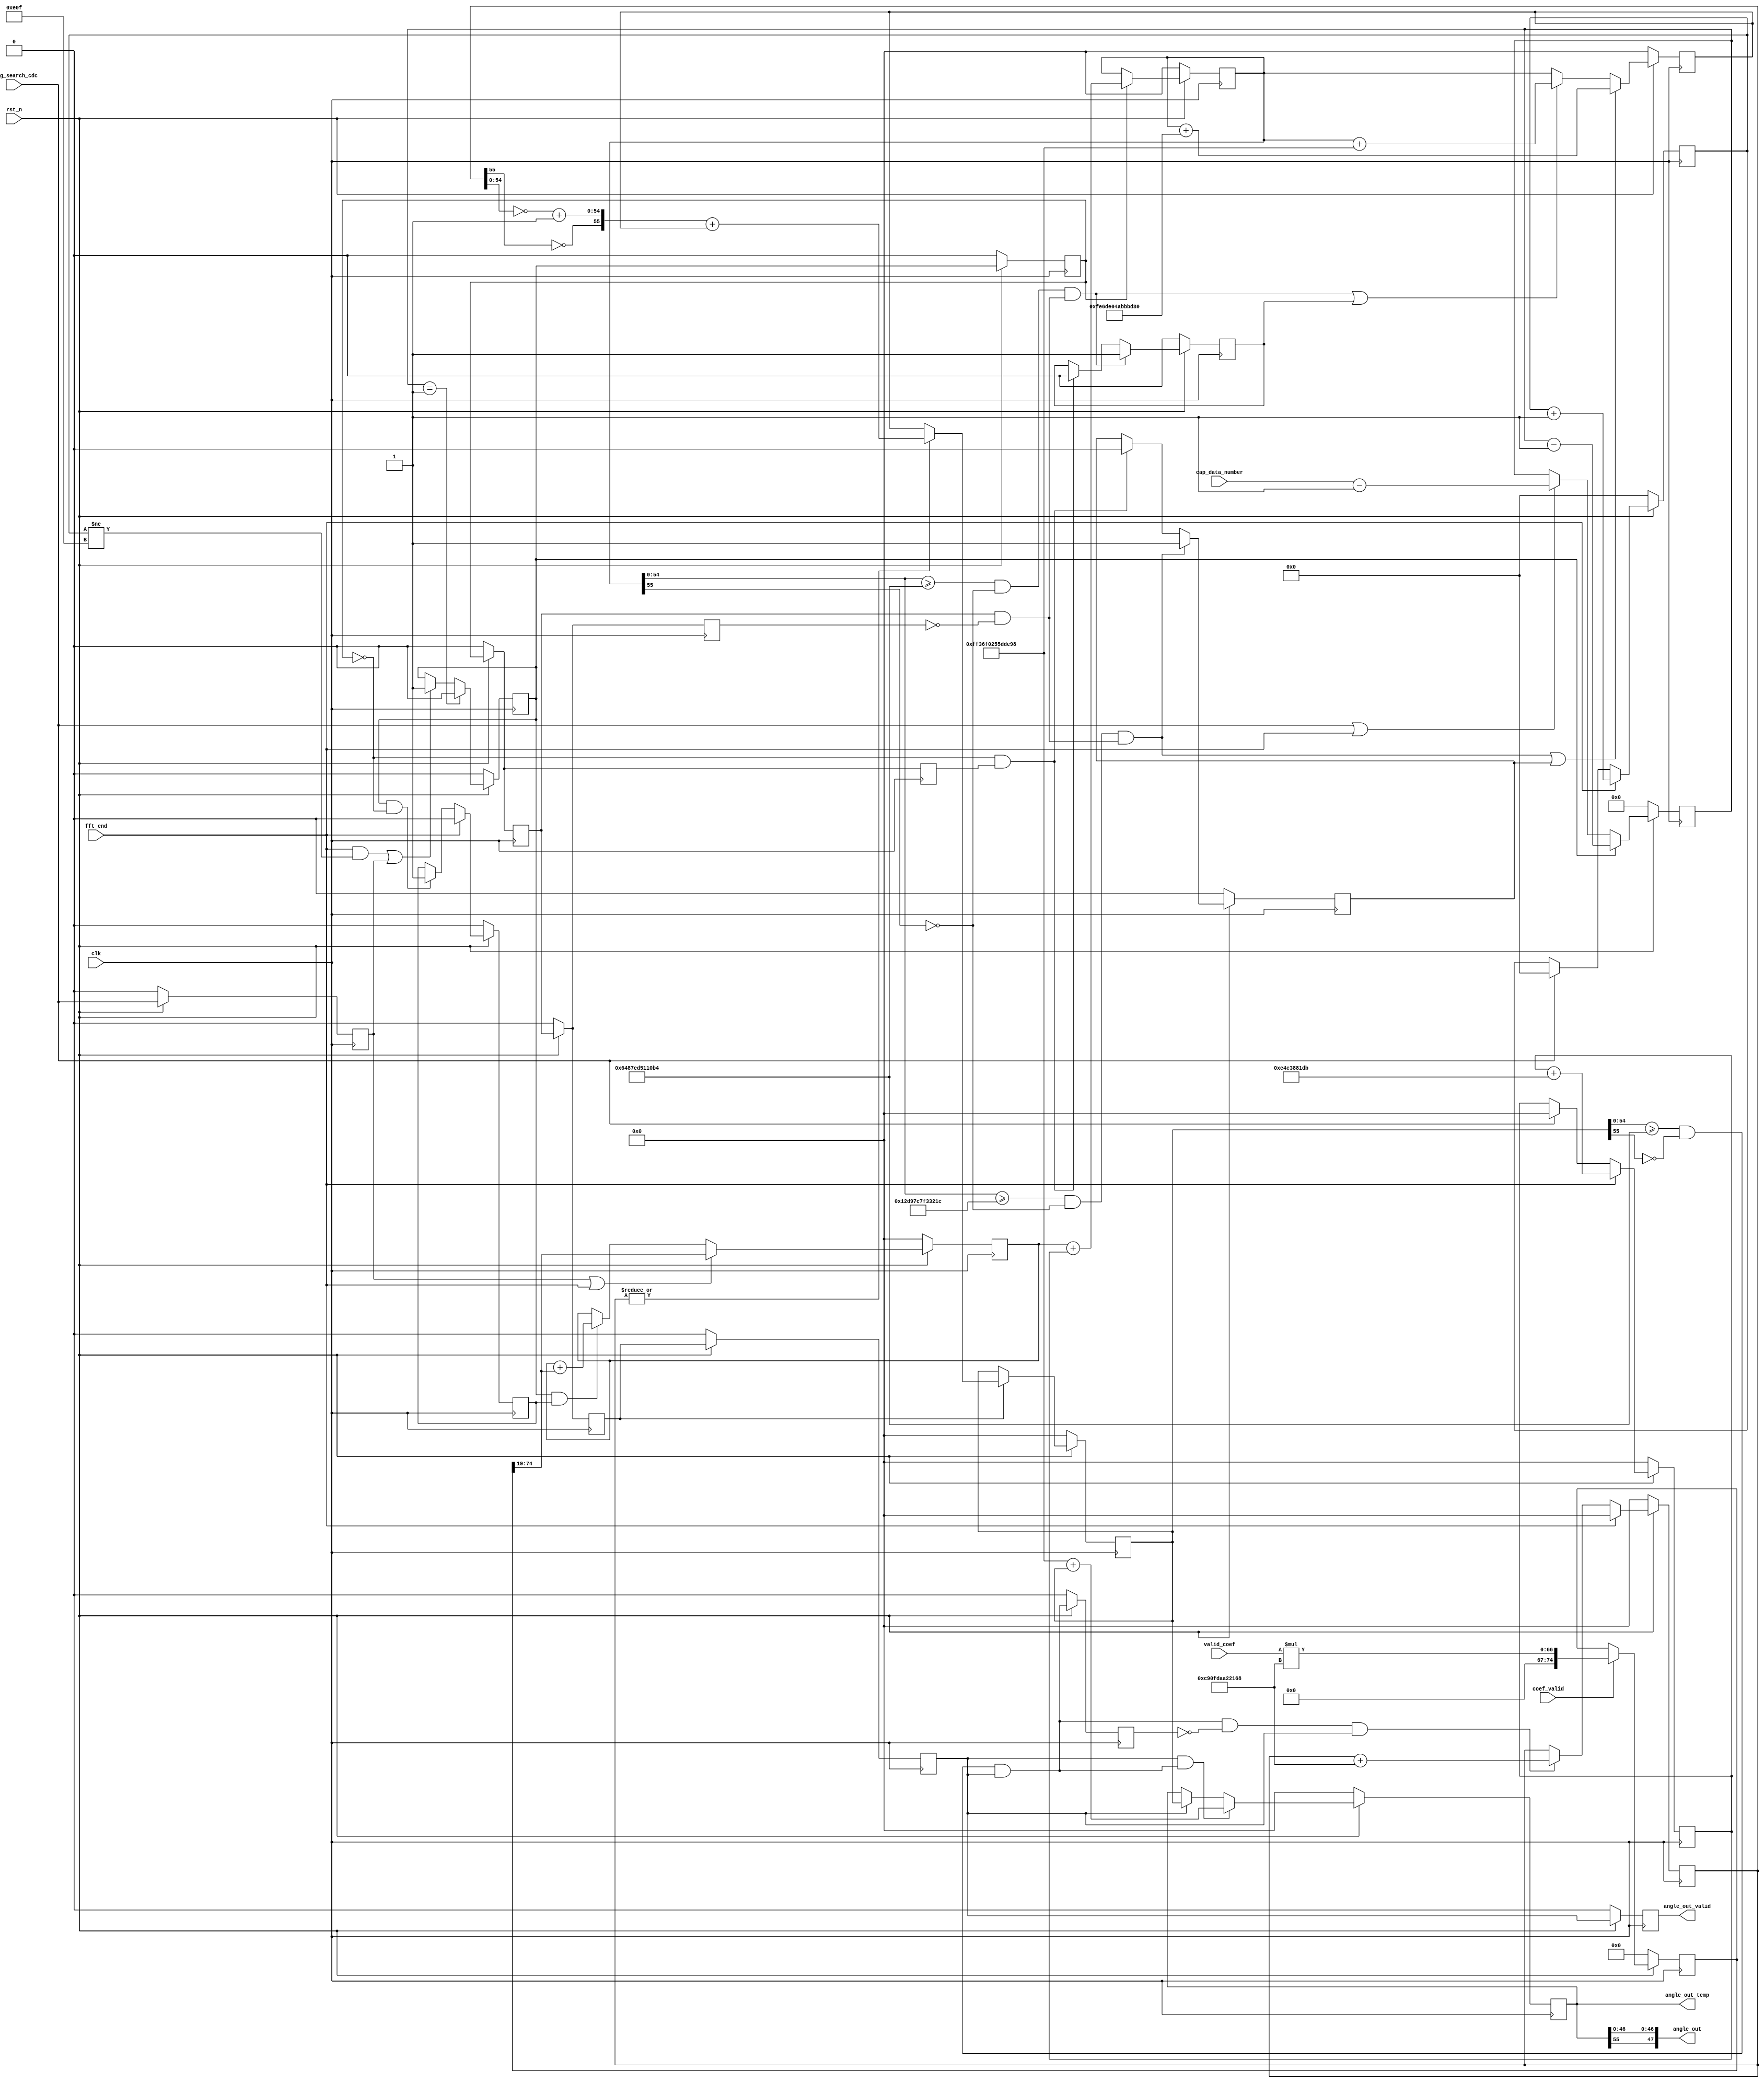
module dat_gen_two(
   input          clk,
   input          rst_n,
   input [18:0]  valid_coef,
   input         coef_valid, 
   
   
   input          trig_search_cdc,
   input   [8:0]  cap_data_number,
   
   
   
   input          fft_end,
   output  [47:0] angle_out,
   output [55:0] angle_out_temp,
   output         angle_out_valid 
);
parameter   zero_point_one_degree_two=56'b00000000000000000001110010011000011100010000001110110110;  
parameter   two_pi                   =56'b00000000110010010000111111011010101000100010000101101000; 
parameter    pi                      =56'b00000000011001001000011111101101010100010001000010110100;
parameter   zero_point_one_pi_two    =56'b00000000000101000001101100101111011101101001110011110000;  
parameter   zero_point_one_pi        =56'b00000000000010100000110110010111101110110100111001111000;  
 parameter   search_times             =12'd3600  ;
 // parameter   search_times             =12'd360                                                 ;
//parameter   search_times             =11'd5 ;//3600
parameter   zero_point_one_degree    =56'b00000000000000000000111001001100001110001000000111011011;  
  parameter   three_pi             =56'b00000001001011011001011111000111111100110011001000011100; 
parameter   four_pi               =56'b00000001100100100001111110110101010001000100001011010000; 
 parameter   zero_point_one_degree_mul_ten=(zero_point_one_degree<<1)+(zero_point_one_degree<<3); 
reg  [74:0]  zero_point_one_pi_temp,zero_point_one_pi_temp_next;
reg  [8:0]   cap_data_number_r,cap_data_number_r_next;   
reg  [11:0]  fft_end_count,fft_end_count_next;
reg          data_gen_work,data_gen_work_next;
reg          data_gen_work_r;    
reg  [55:0]  theta_add_temp,theta_add_temp_next;  

reg  [55:0]  zero_point_one_pi_add_temp,zero_point_one_pi_add_temp_next; 
reg          zero_point_one_pi_add_temp_valid;
reg          zero_point_one_pi_add_temp_valid_r;
reg  [55:0]  theta_add_zero_point_pi_tmp,theta_add_zero_point_pi_tmp_next;
reg          theta_add_zero_point_pi_tmp_valid;
reg          theta_add_zero_point_pi_tmp_valid_r;
reg  [55:0]  result_sub_bias,result_sub_bias_next;
reg          result_sub_bias_valid;
reg          larger_than_pi_r;

reg  [55:0]  two_pi_add_temp,two_pi_add_temp_next; 
reg  [55:0]  angle_out_temp,angle_out_temp_next;    //1bit sign 10 bit integer 45 bit fraction
reg          angle_out_valid_temp; 
reg          data_gen_req,data_gen_req_next;
reg          add_ignore,add_ignore_next;
reg          trig_search_cdc_r;

  reg  [55:0]  first_sub,first_sub_next;
  reg          first_sub_valid;
  wire [55:0]  zero_point_one_pi_temp_w;
wire [55:0]  angle_out_temp_multi_two;    
wire         data_gen_req_posedge;
wire [55:0]  two_pi_add_temp_invert;
wire [55:0]  two_pi_invert;
  wire [55:0]  four_pi_invert;
wire         larger_than_pi;
wire [55:0]  result_sub_bias_complement;
wire         larger_than_pi_posedge;

  
  wire         larger_than_three_pi;
  wire         larger_than_pi_tmp1;
 reg          larger_than_three_pi_r,larger_than_three_pi_r_next;
   reg          larger_than_pi_tmp1_r,larger_than_pi_tmp1_r_next;
assign        zero_point_one_pi_temp_w=zero_point_one_pi_temp[74:19];
assign      larger_than_pi_posedge=larger_than_pi&&(!larger_than_pi_r);
assign      result_sub_bias_complement=(result_sub_bias[55])?{result_sub_bias[55],~result_sub_bias[54:0]+1'b1}:result_sub_bias;
assign       data_gen_req_posedge=data_gen_req&&(!zero_point_one_pi_add_temp_valid);
assign       angle_out={angle_out_temp[55],angle_out_temp[46:45],angle_out_temp[44:0]};
assign       two_pi_add_temp_invert={~two_pi_add_temp[55],~two_pi_add_temp[54:0]+1'b1};
assign       two_pi_invert={~two_pi[55],~two_pi[54:0]+1'b1};
//assign       larger_than_pi=(result_sub_bias>=pi)&&result_sub_bias_valid;
assign       larger_than_pi=((result_sub_bias[54:0]>=pi[54:0])&&(!result_sub_bias[55]))&&result_sub_bias_valid  ;
assign       angle_out_valid=angle_out_valid_temp;

 

 assign       four_pi_invert={~four_pi[55],~four_pi[54:0]+1'b1};
  wire   theta_add_zero_point_pi_tmp_valid_posedge;
    wire  zero_point_one_pi_add_temp_valid_negedge;
  assign   theta_add_zero_point_pi_tmp_valid_posedge=theta_add_zero_point_pi_tmp_valid&&(!theta_add_zero_point_pi_tmp_valid_r);
  assign   zero_point_one_pi_add_temp_valid_negedge=(!zero_point_one_pi_add_temp_valid)&&zero_point_one_pi_add_temp_valid_r;



assign       larger_than_three_pi=((theta_add_zero_point_pi_tmp[54:0]>=three_pi[54:0])&&(!theta_add_zero_point_pi_tmp[55]))&&theta_add_zero_point_pi_tmp_valid_posedge;
  assign       larger_than_pi_tmp1=((theta_add_zero_point_pi_tmp[54:0]>=pi[54:0])&&(!theta_add_zero_point_pi_tmp[55]))&&theta_add_zero_point_pi_tmp_valid_posedge;


always@*
begin
 cap_data_number_r_next=cap_data_number_r;
 if(data_gen_req)
  
  cap_data_number_r_next=cap_data_number_r-1'b1;
else if(trig_search_cdc||fft_end)
  
  cap_data_number_r_next=cap_data_number-1'b1;
end


always@*
begin
 fft_end_count_next=fft_end_count;
 if(fft_end)
 fft_end_count_next=fft_end_count+1; 
  else if(trig_search_cdc)
     fft_end_count_next=0;
 
 
end


always@*
  begin
   zero_point_one_pi_temp_next=zero_point_one_pi_temp ;
   if(coef_valid)
   zero_point_one_pi_temp_next= valid_coef*two_pi ; 
   //zero_point_one_pi_temp_next=  two_pi ; 
  end

always@*
begin
  data_gen_work_next=data_gen_work;
 if(trig_search_cdc_r)
  data_gen_work_next=1'b1; 
 else if(fft_end&&(fft_end_count==(search_times-1)))
  data_gen_work_next=1'b0; 
end

always@*
begin
  data_gen_req_next=data_gen_req;
 if(cap_data_number_r==9'd1)
  data_gen_req_next=1'b0; 
 else if((fft_end&&(fft_end_count!=(search_times-1)))||trig_search_cdc_r)
  data_gen_req_next=1'b1; 
end



always@*
begin
  zero_point_one_pi_add_temp_next=zero_point_one_pi_add_temp;
  if(trig_search_cdc_r||fft_end)
 // zero_point_one_pi_add_temp_next=56'b0; 
//     zero_point_one_pi_add_temp_next= zero_point_one_pi_two;
  zero_point_one_pi_add_temp_next= zero_point_one_pi_temp_w;
  else if(data_gen_req&&(add_ignore))
   //zero_point_one_pi_add_temp_next=zero_point_one_pi_add_temp+zero_point_one_pi_two;    
     zero_point_one_pi_add_temp_next=zero_point_one_pi_add_temp+zero_point_one_pi_temp_w; 
 //  zero_point_one_pi_add_temp_next=zero_point_one_pi_add_temp+zero_point_one_pi;    
end


always@*
begin
  theta_add_temp_next=theta_add_temp;
  if(fft_end)
  theta_add_temp_next=theta_add_temp+zero_point_one_degree;  
 //theta_add_temp_next=theta_add_temp+zero_point_one_degree_mul_ten;  
 // theta_add_temp_next=theta_add_temp+zero_point_one_degree ; 
 else  if( trig_search_cdc )
     theta_add_temp_next=0;
          
end


always@*
begin
  add_ignore_next=add_ignore;
  if(fft_end)
   add_ignore_next=1'b0;
 else if(data_gen_req_posedge)
   add_ignore_next=1'b1; 
end

always@*
begin
 two_pi_add_temp_next=two_pi_add_temp;
 if(fft_end)
 two_pi_add_temp_next=55'b0;
else if(larger_than_pi_posedge&&result_sub_bias_valid)
 two_pi_add_temp_next=two_pi_add_temp+two_pi;
end


always@*
begin
 theta_add_zero_point_pi_tmp_next=theta_add_zero_point_pi_tmp;
if(zero_point_one_pi_add_temp_valid)
 theta_add_zero_point_pi_tmp_next=zero_point_one_pi_add_temp+theta_add_temp;
end 

  always@*
  begin
  first_sub_next=theta_add_zero_point_pi_tmp;
  if(larger_than_three_pi||larger_than_three_pi_r )
   first_sub_next= theta_add_zero_point_pi_tmp+four_pi_invert;
  else if(larger_than_pi_tmp1||larger_than_pi_tmp1_r )
   first_sub_next= theta_add_zero_point_pi_tmp+two_pi_invert;
  end






 always@*
   begin
    result_sub_bias_next=result_sub_bias;
   if(first_sub_valid)
    result_sub_bias_next=(~(|two_pi_add_temp))?first_sub:(two_pi_add_temp_invert+first_sub);
   end 

always@*
begin
 angle_out_temp_next=angle_out_temp;
if(result_sub_bias_valid&&larger_than_pi)
 angle_out_temp_next=two_pi_invert+result_sub_bias;
else if(result_sub_bias_valid ) 
 angle_out_temp_next=result_sub_bias;
 
end 

 always@*
  begin
  
  larger_than_three_pi_r_next=larger_than_three_pi_r;
    if(larger_than_three_pi)
  larger_than_three_pi_r_next=1'b1;
  else if(zero_point_one_pi_add_temp_valid_negedge )
   larger_than_three_pi_r_next=1'b0; 
  end
  always@*
  begin
  larger_than_pi_tmp1_r_next= larger_than_pi_tmp1_r;
    if(larger_than_pi_tmp1)
  larger_than_pi_tmp1_r_next=1'b1;
   else if( zero_point_one_pi_add_temp_valid_negedge )
  larger_than_pi_tmp1_r_next=1'b0;
 end

always@(posedge clk)
  begin
   cap_data_number_r                <=(!rst_n)?9'b0:cap_data_number_r_next;
   fft_end_count                    <=(!rst_n)?11'b0:fft_end_count_next;
   data_gen_work                    <=(!rst_n)?1'b0:data_gen_work_next;
   theta_add_temp                   <=(!rst_n)?48'b0:theta_add_temp_next;  
   zero_point_one_pi_add_temp       <=(!rst_n)?56'b0:zero_point_one_pi_add_temp_next;
   two_pi_add_temp                  <=(!rst_n)?56'b0:two_pi_add_temp_next;
   angle_out_temp                   <=(!rst_n)?56'b0:angle_out_temp_next;
   data_gen_req                     <=(!rst_n)?1'b0:data_gen_req_next;
   zero_point_one_pi_add_temp_valid <=(!rst_n)?1'b0:data_gen_req; 
   data_gen_work_r                  <=(!rst_n)?1'b0:data_gen_work;
   add_ignore                       <=(!rst_n)?1'b0:add_ignore_next;
   theta_add_zero_point_pi_tmp_valid<=(!rst_n)?1'b0:zero_point_one_pi_add_temp_valid ;
   result_sub_bias_valid            <=(!rst_n)?1'b0:first_sub_valid;
   angle_out_valid_temp             <=(!rst_n)?1'b0:result_sub_bias_valid;
   theta_add_zero_point_pi_tmp      <=(!rst_n)?56'b0:theta_add_zero_point_pi_tmp_next;
   result_sub_bias                  <=(!rst_n)?56'b0:result_sub_bias_next;
   trig_search_cdc_r                <=(!rst_n)?1'b0:trig_search_cdc;
   larger_than_pi_r                 <=(!rst_n)?1'b0:larger_than_pi;  
    theta_add_zero_point_pi_tmp_valid_r<=(!rst_n)?1'b0:theta_add_zero_point_pi_tmp_valid;
    first_sub_valid                  <=(!rst_n)?1'b0:theta_add_zero_point_pi_tmp_valid;
    first_sub                        <=(!rst_n)?56'b0:first_sub_next;
    larger_than_three_pi_r           <=(!rst_n)?1'b0:larger_than_three_pi_r_next;
    larger_than_pi_tmp1_r            <=(!rst_n)?1'b0:larger_than_pi_tmp1_r_next;
    zero_point_one_pi_add_temp_valid_r<=(!rst_n)?1'b0:zero_point_one_pi_add_temp_valid;
  zero_point_one_pi_temp            <=(!rst_n)?75'b0:zero_point_one_pi_temp_next; 
  end


endmodule